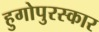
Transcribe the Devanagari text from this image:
हुगोपुरस्कार